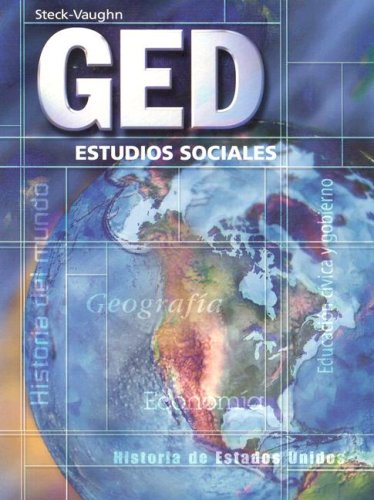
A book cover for Steck-Vaughn GED, Spanish: Student Edition Estudios Sociales (Spanish Edition); STECK-VAUGHN; Test Preparation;